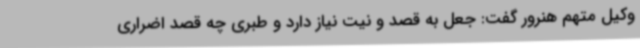
وکیل متهم هنرور گفت: جعل به قصد و نیت نیاز دارد و طبری چه قصد اضراری